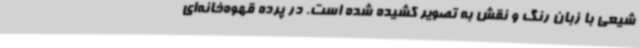
شیعی با زبان رنگ و نقش به تصویر کشیده شده است. در پرده قهوه‌خانه‌ای